system: You are a helpful assistant.
user:
Analyze the provided spectrum to determine if it is a **White Dwarf (WD)**.

A White Dwarf spectrum is defined by its **extreme purity** (due to gravitational settling) and/or **extreme pressure broadening** (due to high surface gravity). You must check for one of the following mutually exclusive signatures:

- **Key Visual Indicators (Check for ONE of these types):**

    - **1. DA-Type Signature (Most Common):**
        - **(Primary Feature):** Extreme pressure broadening (Stark broadening) of the **Hydrogen (H) Balmer lines**.
        - **(Key Lines):** $H\beta$ (approx. $4861$ Å) and $H\gamma$ (approx. $4340$ Å). $H\alpha$ (approx. $6563$ Å) will also be present if the wavelength range covers it.
        - **(Line Profile):** This is the **defining feature**. The lines are **NOT** sharp. They appear as massive, **extremely broad and deep "troughs" or "dips"** in the spectrum, often hundreds of Ångströms wide. The continuum will appear to "scoop" down at these wavelengths.
        - **(Distinction):** Normal A-type or B-type stars have *narrow* and *sharp* Hydrogen lines. A DA White Dwarf's lines are unmistakably "smeared" or "blurry" from pressure.

    - **2. DB-Type Signature:**
        - **(Primary Feature):** Broad absorption lines from **Neutral Helium (He I)**. The spectrum must lack any visible Hydrogen lines.
        - **(Key Lines):** Look for broad absorption near $4471$ Å, $4921$ Å, and $5876$ Å.
        - **(Line Profile):** These lines are also significantly pressure-broadened, appearing much wider than they would in a normal B-type main-sequence star.

    - **3. DC-Type Signature:**
        - **(Primary Feature):** A **featureless continuous spectrum**.
        - **(Line Profile):** The spectrum is a smooth curve with **no significant absorption or emission lines**.
        - **(Key Confirmation):** The continuum is almost always **blue or white**, indicating a hot object. This signature implies the atmosphere is so pure (or so cool) that no spectral lines are visible in the optical range. Its WD identity is confirmed by its extremely low intrinsic brightness (high absolute magnitude).

    - **4. DZ-Type Signature (Metal-Polluted):**
        - **(Primary Feature):** **Isolated, narrow metal absorption lines** on an otherwise featureless (DC-like) continuum.
        - **(Key Lines):** The **Calcium (Ca II) H & K doublet** (approx. **$3934$ Å** and **$3968$ Å**) is the most common and defining feature.
        - **(Line Profile):** These lines are "out of place." They are *not* part of a "forest" of thousands of lines. This signature is evidence of recent *accretion* (pollution) from rocky debris.
        - **(Distinction):** Normal G/K/M stars have a *dense forest* of thousands of metal lines. A DZ has a *clean* continuum with *only a few* strong metal lines.

    - **5. DQ-Type Signature (Carbon-Polluted):**
        - **(Primary Feature):** Absorption bands from **Carbon (C₂ "Swan Bands" or atomic C I)**.
        - **(Key Lines - C₂):** Look for bandheads with a "saw-tooth" shape near $5635$ Å, **$5165$ Å** (strongest), and $4737$ Å.
        - **(Key Confirmation):** The underlying **continuum must be blue or white** (hot).
        - **(Distinction):** This is the critical difference from a **Carbon Star**, which has the *exact same* C₂ bands but on an extremely **red, cool** continuum.

- **(Overall Spectrum):**
    - The continuum (overall shape) is typically **blue-sloping** (brighter in the blue than the red), as most white dwarfs are very hot.
    - The spectrum will look "pure" or "simple," dominated by only *one* of the five signatures listed above.

Think first, call **spectral_visualization_tool** if needed to examine features in detail, then provide your final answer. Your response must adhere to the following strict rules:
1.  **Overall Structure:** Your response must follow the format `<think>...</think> <tool_call>...</tool_call> (if a tool is used) <answer>...</answer>`.
2.  **Tool Usage Constraint:** You may only make **one** tool call per turn.
3.  **Final Answer Format:** In the `<answer>` tag, your conclusion must be inside a `\boxed{}` command (e.g., `\boxed{YES}` or `\boxed{NO}`), followed by your justification.

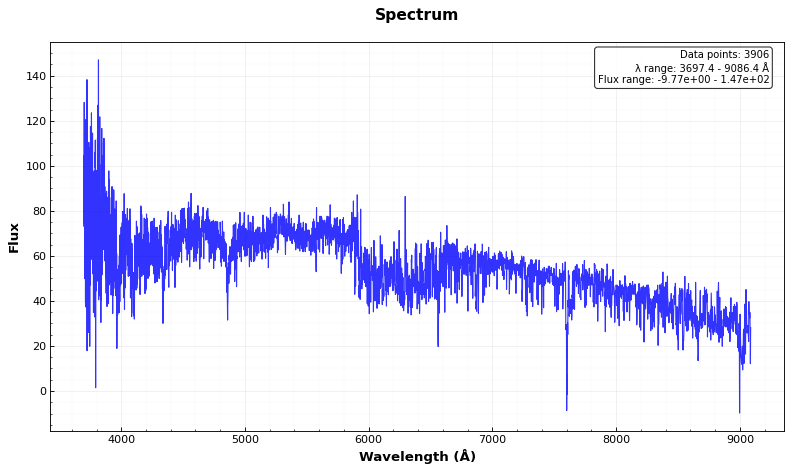
Answer: YES